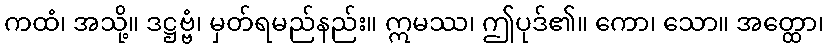
ကထံ၊ အသို့။ ဒဋ္ဌဗ္ဗံ၊ မှတ်ရမည်နည်း။ ဣမဿ၊ ဤပုဒ်၏။ ကော၊ သော။ အတ္ထော၊